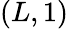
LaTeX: (L,1)